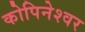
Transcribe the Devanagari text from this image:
कोपिनेश्वर